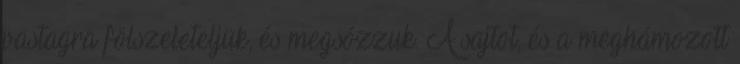
vastagra fölszeleteljük, és megsózzuk. A sajtot, és a meghámozott